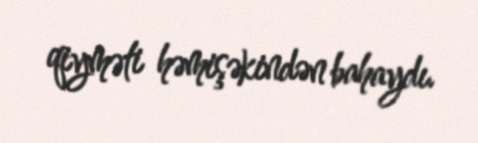
qiyməti həmişəkindən bahaydı.